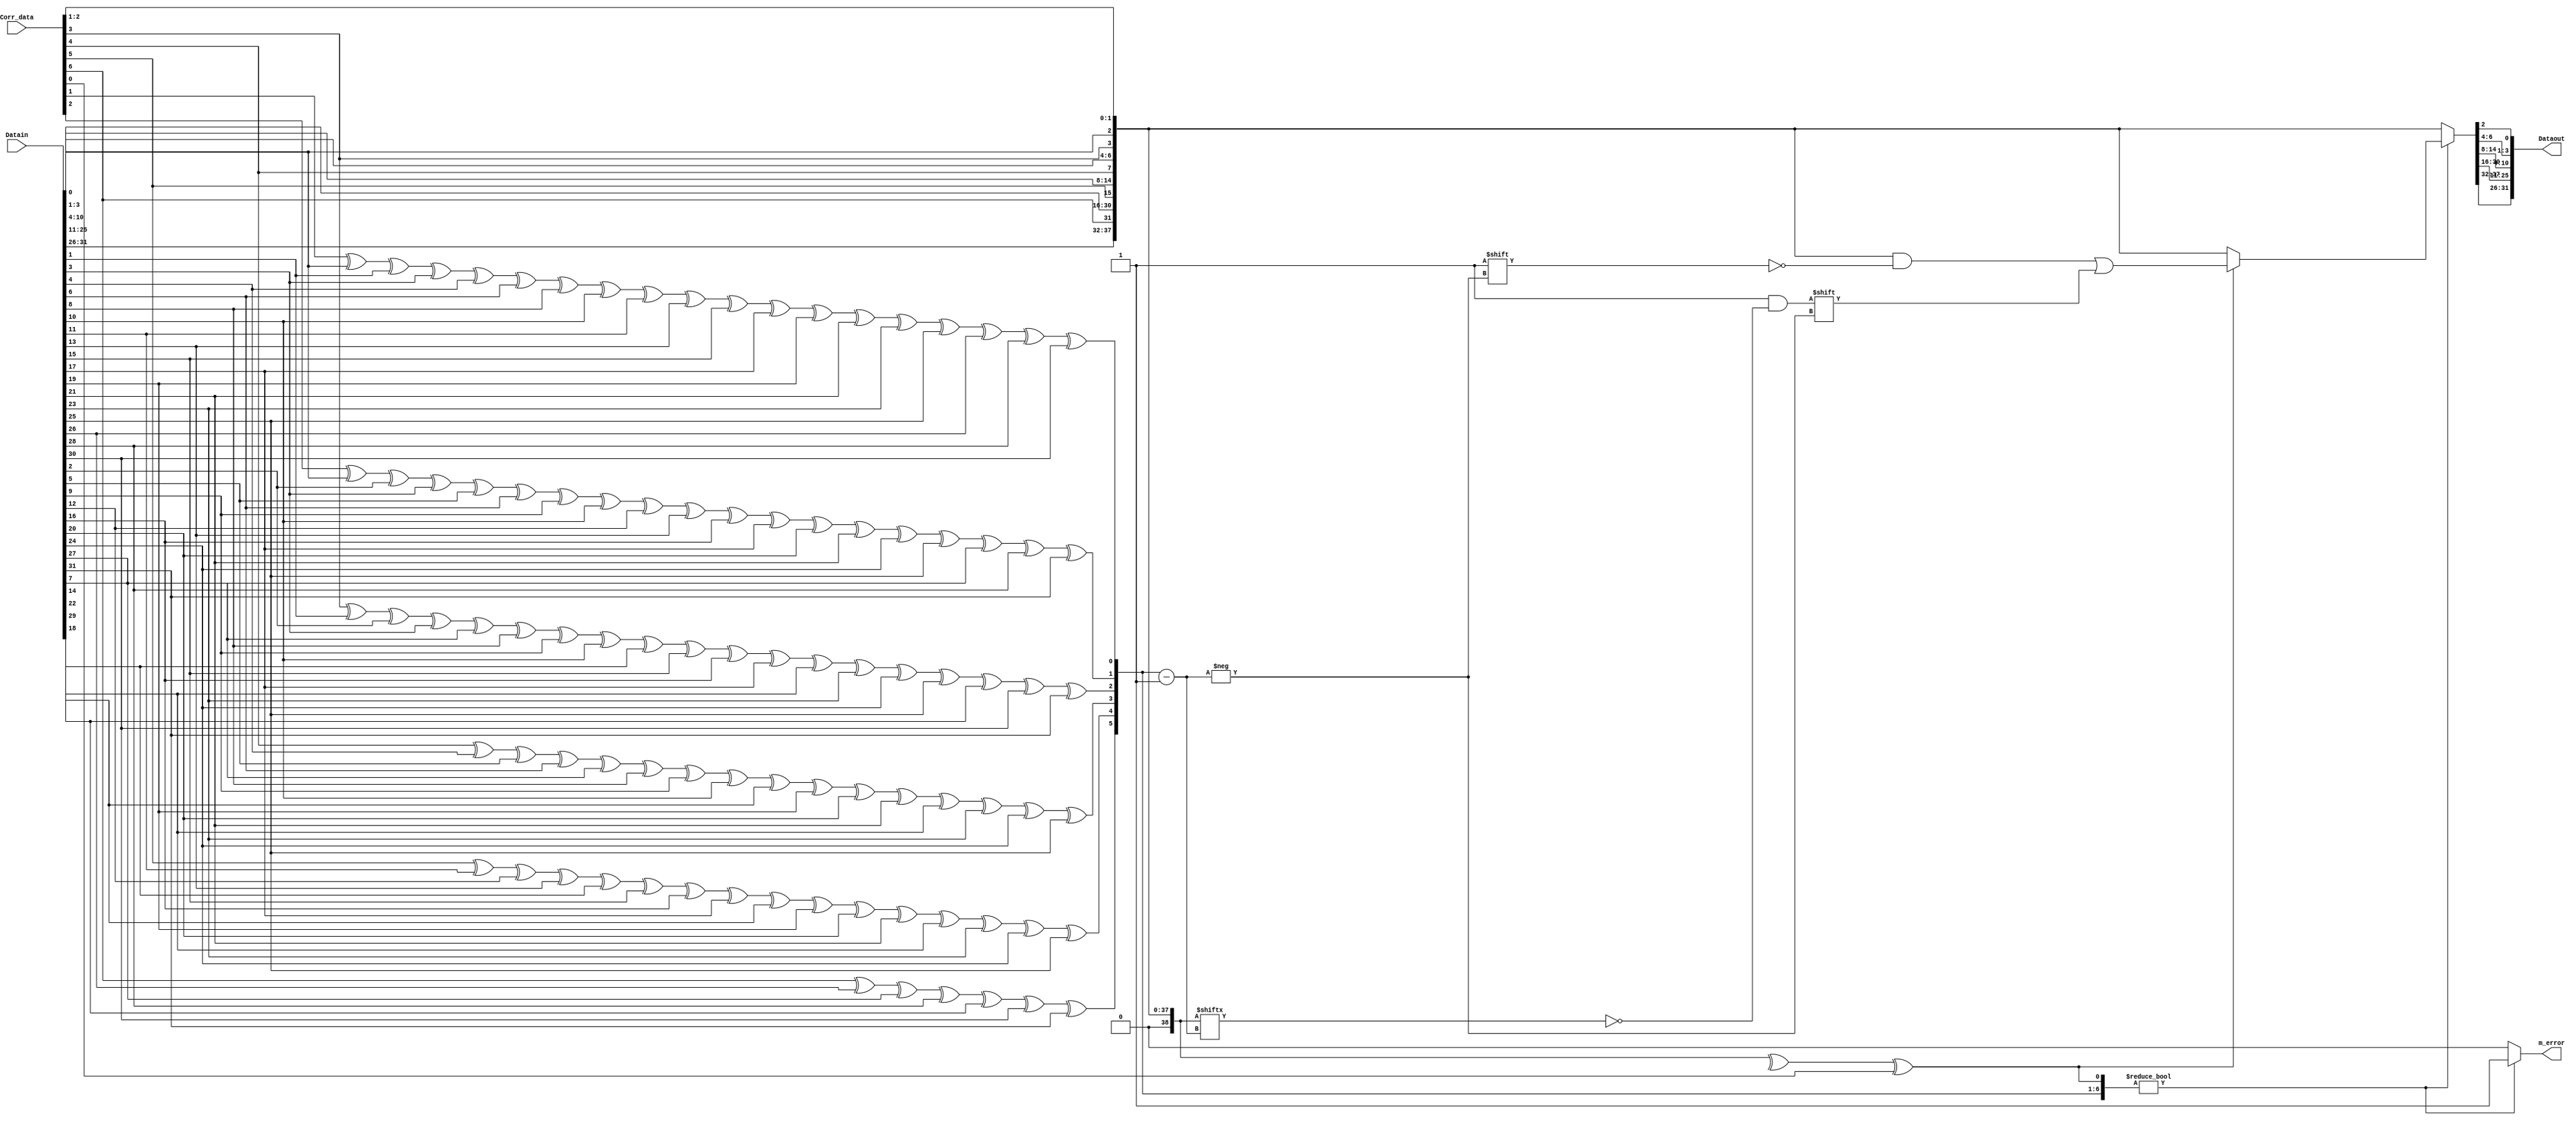
module DECODE(Datain,Corr_data,Dataout,m_error);

    parameter ECC_WIDTH = 7;
    parameter DATA_WIDTH = 32;

    input  [DATA_WIDTH:1] Datain;
    input  [ECC_WIDTH-1:0]  Corr_data;
    output reg [DATA_WIDTH-1:0] Dataout;
    output reg m_error;

    reg [ECC_WIDTH-1:0] up_corr_data;
    reg [DATA_WIDTH+ECC_WIDTH:1] Datain_reg;
    always @(*) begin
        
        Datain_reg={Datain[32:27],Corr_data[6],Datain[26:12],Corr_data[5],Datain[11:5],Corr_data[4],Datain[4:2],Corr_data[3],Datain[1],Corr_data[2],Corr_data[1]};
        
        up_corr_data[0]=(^Datain_reg)^Corr_data[0];
        up_corr_data[1]=Datain_reg[1]^Datain_reg[3]^Datain_reg[5]^Datain_reg[7]^Datain_reg[9]^Datain_reg[11]^Datain_reg[13]^Datain_reg[15]^Datain_reg[17]^Datain_reg[19]^Datain_reg[21]^Datain_reg[23]^Datain_reg[25]^Datain_reg[27]^Datain_reg[29]^Datain_reg[31]^Datain_reg[33]^Datain_reg[35]^Datain_reg[37];
        up_corr_data[2]=Datain_reg[2]^Datain_reg[3]^Datain_reg[6]^Datain_reg[7]^Datain_reg[10]^Datain_reg[11]^Datain_reg[14]^Datain_reg[15]^Datain_reg[18]^Datain_reg[19]^Datain_reg[22]^Datain_reg[23]^Datain_reg[26]^Datain_reg[27]^Datain_reg[30]^Datain_reg[31]^Datain_reg[34]^Datain_reg[35]^Datain_reg[38];
        up_corr_data[3]=Datain_reg[4]^Datain_reg[5]^Datain_reg[6]^Datain_reg[7]^Datain_reg[12]^Datain_reg[13]^Datain_reg[14]^Datain_reg[15]^Datain_reg[20]^Datain_reg[21]^Datain_reg[22]^Datain_reg[23]^Datain_reg[28]^Datain_reg[29]^Datain_reg[30]^Datain_reg[31]^Datain_reg[36]^Datain_reg[37]^Datain_reg[38];
        up_corr_data[4]=Datain_reg[8]^Datain_reg[9]^Datain_reg[10]^Datain_reg[11]^Datain_reg[12]^Datain_reg[13]^Datain_reg[14]^Datain_reg[15]^Datain_reg[24]^Datain_reg[25]^Datain_reg[26]^Datain_reg[27]^Datain_reg[28]^Datain_reg[29]^Datain_reg[30]^Datain_reg[31];
        up_corr_data[5]=Datain_reg[16]^Datain_reg[17]^Datain_reg[18]^Datain_reg[19]^Datain_reg[20]^Datain_reg[21]^Datain_reg[22]^Datain_reg[23]^Datain_reg[24]^Datain_reg[25]^Datain_reg[26]^Datain_reg[27]^Datain_reg[28]^Datain_reg[29]^Datain_reg[30]^Datain_reg[31];
        up_corr_data[6]=Datain_reg[32]^Datain_reg[33]^Datain_reg[34]^Datain_reg[35]^Datain_reg[36]^Datain_reg[37]^Datain_reg[38];
        if (up_corr_data[6:0])
            if (up_corr_data[0])
                begin
                    Datain_reg[up_corr_data[6:1]]=~Datain_reg[up_corr_data[6:1]];
                    m_error=1;
                end
            else
                m_error=1;
        else
            m_error=0;
        Dataout={Datain_reg[38:33],Datain_reg[31:17],Datain_reg[15:9],Datain_reg[7:5],Datain_reg[3]};;
    end

endmodule